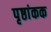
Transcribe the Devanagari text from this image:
पृष्ठांकक